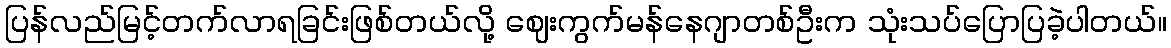
ပြန်လည်မြင့်တက်လာရခြင်းဖြစ်တယ်လို့ ဈေးကွက်မန်နေဂျာတစ်ဦးက သုံးသပ်ပြောပြခဲ့ပါတယ်။